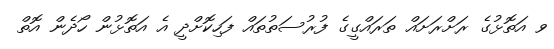
ވ އަތޮޅުގެ ރަށްރަށައް ތަރައްގީގެ ފުރުސަތުތައް ފަހިކޮށްދީ އެ އަތޮޅުން ހޯދެން އޮތް